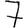
Digit: 7